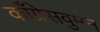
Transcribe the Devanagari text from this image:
काँग्रेसवुमन